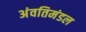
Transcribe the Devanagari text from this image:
अंवतिमंडल